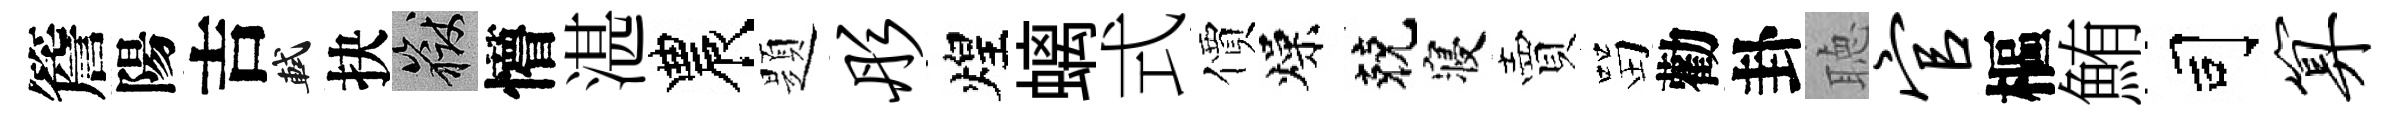
簷陽吉軾抉岳懵湛農題彤煌螭式價燥兢寝賣㽞勸卦聴官樞鮪司算